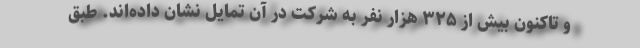
و تاکنون بیش از ۳۲۵ هزار نفر به شرکت در آن تمایل نشان داده‌اند. طبق